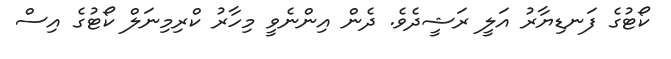
ކޯޓުގެ ފަނޑިޔާރު އަލީ ރަޝީދެވެ. ދެން އިންނެވީ މިހާރު ކްރިމިނަލް ކޯޓުގެ އިސް